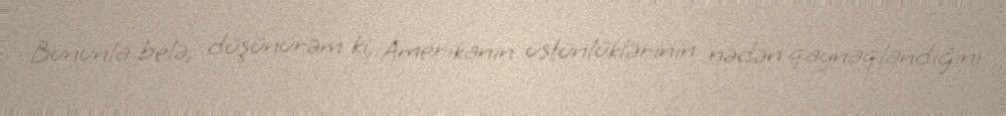
Bununla belə, düşünürəm ki, Amerikanın üstünlüklərinin nədən qaynaqlandığını